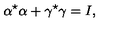
\alpha ^ { \star } \alpha + \gamma ^ { \star } \gamma = I ,